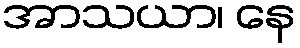
အာသယာ၊ နေ